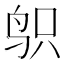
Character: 𱉙